Indian journal of veterinary science and animal husbandry - Volume 5,
Year: 1935
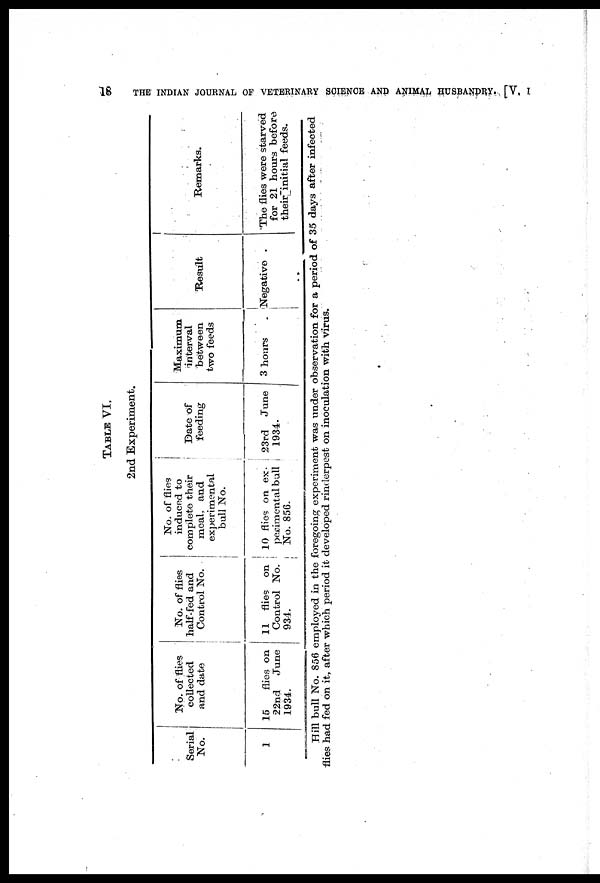
18
THE INDIAN JOURNAL OF VETERINARY SCIENCE AND ANIMAL HUSBANDRY. [V, I
TABLE
VI.
2nd Experiment.
Serial
No.
1
No. of'flies
collected
and date
15 flies on
22nd June
1934.
No. of flies
half-fed and
Control No.
11 flies on
Control No.
934.
No. of flies
induced to
complete their
meal, and
experimental
bull No.
10 flies on ex-
perimental bull
No. 856.
Date of
feeding
23rd
June
1934.
Maximum
interval
between
two feeds
3 hours
Result
Negative
Remarks.
The flies were starved
for 21 hours before
their initial feeds.
Hill bull No. 856 employed in the foregoing experiment was under observation for a period of 35 days after infected
flies had fed on it, after which period it developed rinderpest on inoculation with virus.